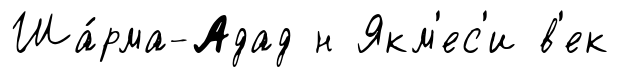
Ша́рма-Адад н Якм'ес'и в'ек